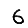
Digit: 6